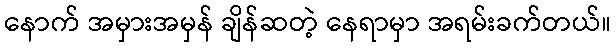
နောက် အမှားအမှန် ချိန်ဆတဲ့ နေရာမှာ အရမ်းခက်တယ်။